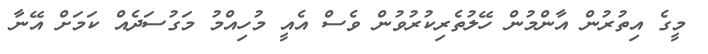
މީގެ އިތުރުން އާންމުން ހޭލުތެރިކުރުވުން ވެސް އެއީ މުހިއްމު މަގުސަދެއް ކަމަށް އޭނާ